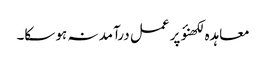
معاہدہ لکھنؤ پر عمل درآمد نہ ہو سکا۔